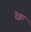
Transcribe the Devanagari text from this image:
देझा